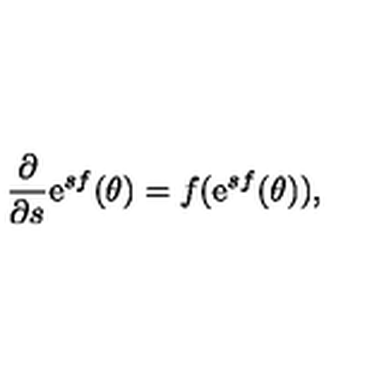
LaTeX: \frac { \partial } { \partial s } \mathrm { e } ^ { s f } ( \theta ) = f ( \mathrm { e } ^ { s f } ( \theta ) ) ,